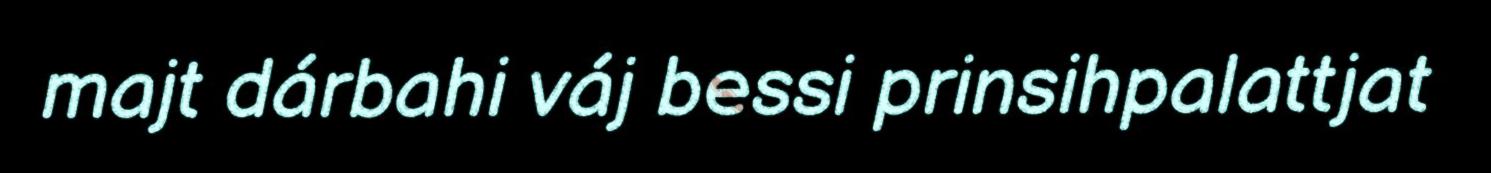
majt dárbahi váj bessi prinsihpalattjat